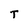
Character: T